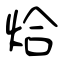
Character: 烚